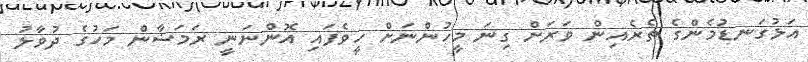
އަޅުގަނޑުމެންގެ ތެރެއިން ވަރަށް ގިނަ މީހުންނަށް ހީވެފައި އޮންނަނީ ރަމަޟާން މަހުގެ ދުވާލު